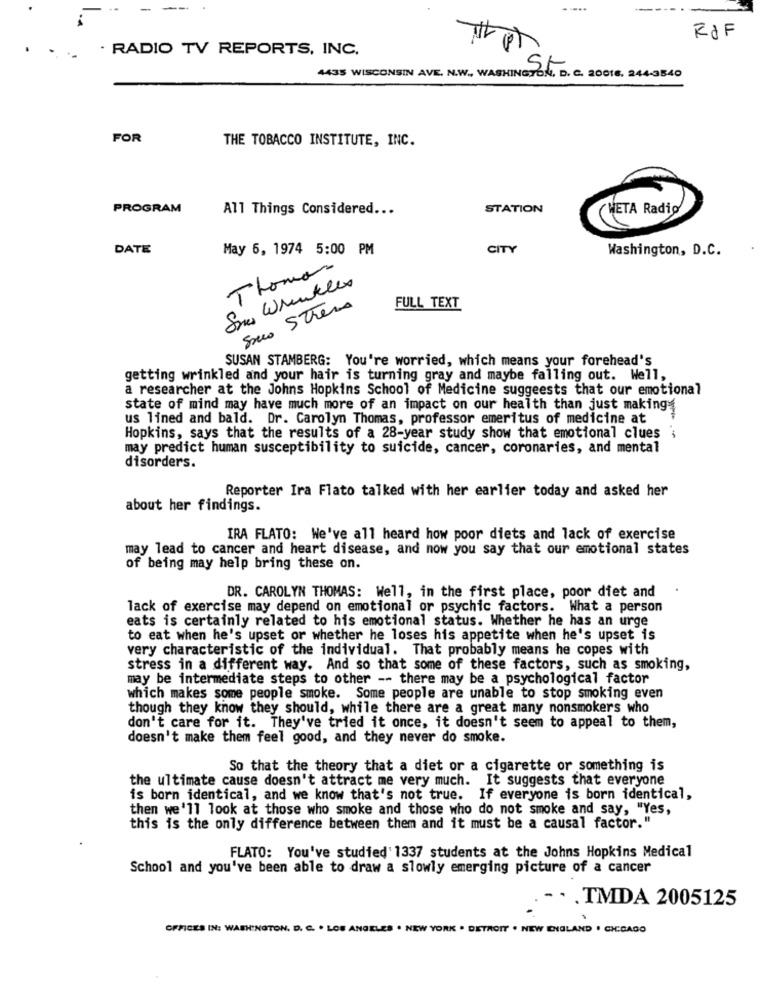
--
.
RdF
· RADIO TV REPORTS, INC.
4435 WISCONSIN AVE. N.W. WASHINGTON, D. C. 20016. 244-3840
FOR
THE TOBACCO INSTITUTE, INC.
PROGRAM
All Things Considered ...
STATION
CHETA Radio
DATE
May 6, 1974 5:00 PM
CITY
Washington, D.C.
Thomas
Snes Wrinkles
Suo Strero
FULL TEXT
SUSAN STAMBERG: You're worried, which means your forehead's
getting wrinkled and your hair is turning gray and maybe falling out. Well,
a researcher at the Johns Hopkins School of Medicine suggests that our emotional
state of mind may have much more of an impact on our health than just making
us lined and bald. Dr. Carolyn Thomas, professor emeritus of medicine at
Hopkins, says that the results of a 28-year study show that emotional clues ;
may predict human susceptibility to suicide, cancer, coronaries, and mental
disorders.
Reporter Ira Flato talked with her earlier today and asked her
about her findings.
IRA FLATO: We've all heard how poor diets and lack of exercise
may lead to cancer and heart disease, and now you say that our emotional states
of being may help bring these on.
DR. CAROLYN THOMAS: Well, in the first place, poor diet and
lack of exercise may depend on emotional or psychic factors. What a person
eats is certainly related to his emotional status. Whether he has an urge
to eat when he's upset or whether he loses his appetite when he's upset is
very characteristic of the individual. That probably means he copes with
stress in a different way. And so that some of these factors, such as smoking,
may be intermediate steps to other -- there may be a psychological factor
which makes some people smoke. Some people are unable to stop smoking even
though they know they should, while there are a great many nonsmokers who
don't care for it. They've tried it once, it doesn't seem to appeal to them,
doesn't make them feel good, and they never do smoke.
So that the theory that a diet or a cigarette or something is
the ultimate cause doesn't attract me very much. It suggests that everyone
is born identical, and we know that's not true. If everyone is born identical,
then we'll look at those who smoke and those who do not smoke and say, "Yes,
this is the only difference between them and it must be a causal factor."
FLATO: You've studied' 1337 students at the Johns Hopkins Medical
School and you've been able to draw a slowly emerging picture of a cancer
-. . TMDA 2005125
OFFICES IN: WASHINGTON, D. C. . LOS ANGELES . NEW YORK . DETROIT . NEW ENGLAND . CHICAGO